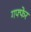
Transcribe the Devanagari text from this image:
गफ्फेर